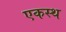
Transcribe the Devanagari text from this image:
एकस्थ